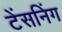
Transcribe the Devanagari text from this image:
टेंसनिंग